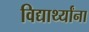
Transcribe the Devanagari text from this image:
विद्यार्थ्‍यांना